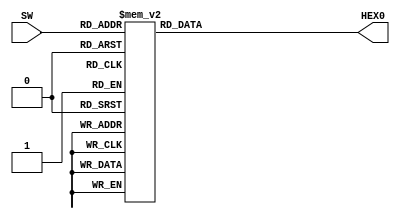
/*
Oscar Reyes-Sanchez
3bit decoder to 7 segment display
*/

module lab4a (SW, HEX0);
	input [2:0] SW;
	output reg [0:6] HEX0;
	
	always @(*)
		case(SW[2:0])
			0:	HEX0 <= 7'b0001000;
			1:	HEX0 <= 7'b1100000;
			2:	HEX0 <= 7'b0110001;
			3:	HEX0 <= 7'b1000010;
			4:	HEX0 <= 7'b0110000;
			5:	HEX0 <= 7'b0111000;
			6:	HEX0 <= 7'b0000100;
			7:	HEX0 <= 7'b1001000;
		endcase
endmodule